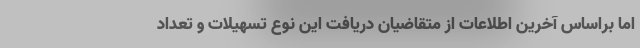
اما براساس آخرین اطلاعات از متقاضیان دریافت این نوع تسهیلات و تعداد